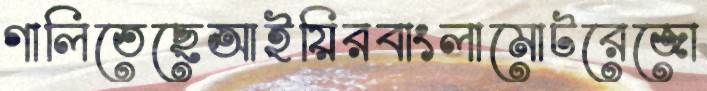
গালিতেছেআইয়িরবাংলামোটরেজো